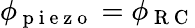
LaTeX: \phi_{\mathrm{~p~i~e~z~o~}}=\phi_{\mathrm{~R~C~}}